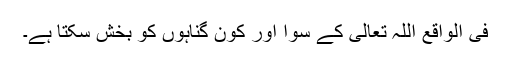
فی الواقع اللہ تعالیٰ کے سوا اور کون گناہوں کو بخش سکتا ہے۔